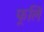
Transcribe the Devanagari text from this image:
फूलि